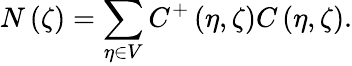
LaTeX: N\left(\zeta\right)=\sum_{\eta\in V}C^{+}\left(\eta,\zeta\right)C\left(\eta,\zeta\right).